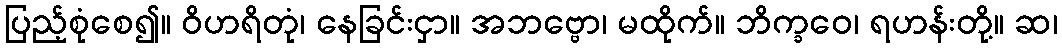
ပြည့်စုံစေ၍။ ဝိဟရိတုံ၊ နေခြင်းငှာ။ အဘဗ္ဗော၊ မထိုက်။ ဘိက္ခဝေ၊ ရဟန်းတို့။ ဆ၊